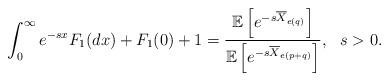
LaTeX: \begin{align*}\int_{0}^{\infty} e^{-s x}F_1(dx)+F_1(0)+1=\frac{\mathbb E\left[e^{-s \overline{X}_{e(q)}}\right]}{\mathbb E\left[e^{-s \overline{X}_{e(p+q)}}\right]},\ \ s>0.\end{align*}